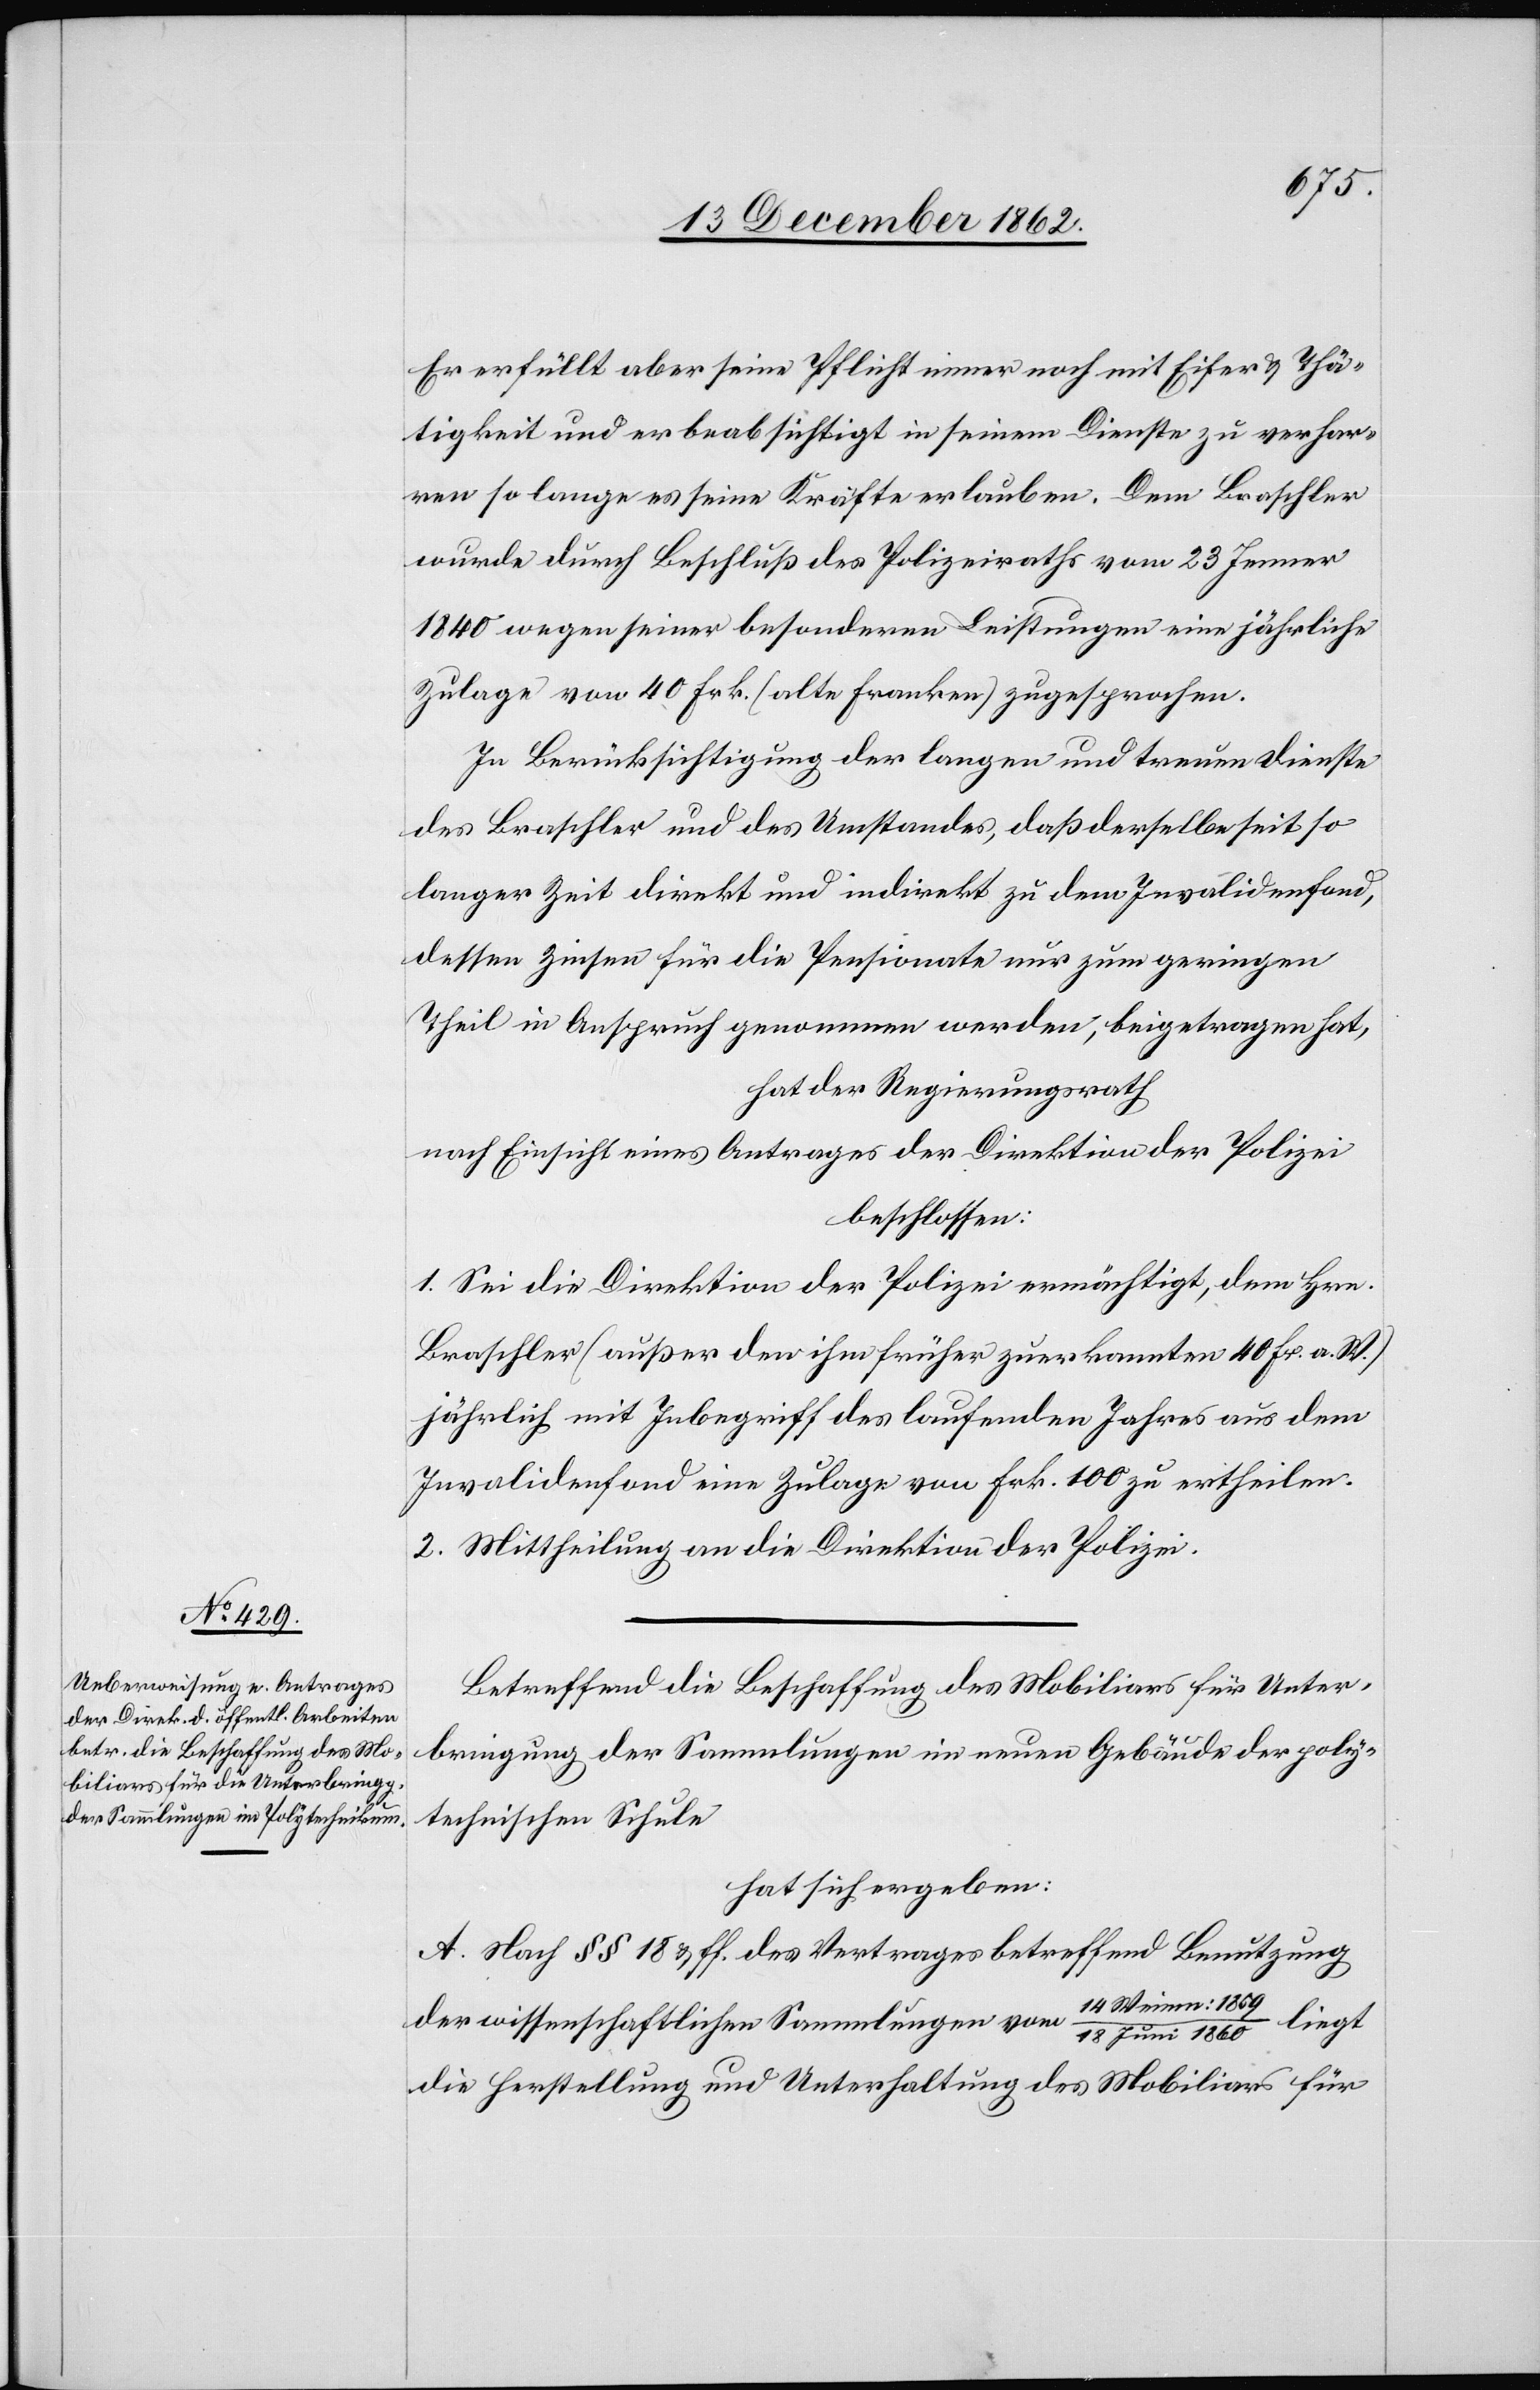
Er erfüllt aber seine Pflicht immer noch mit Eifer u. Thä¬
tigkeit und er beabsichtigt in seinem Dienste zu verhar¬
ren so lange es seine Kräfte erlauben. Dem Braschler
wurde durch Beschluß des Polizeiraths vom 23. Jenner
1840 wegen seiner besonderen Leistungen eine jährliche
Zulage von 40 Frk. (alte Franken) zugesprochen.
In Berücksichtigung der langen und treuen Dienste
des Braschler und des Umstandes, daß derselbe seit so
langer Zeit direkt und indirekt zu dem Invalidenfond,
dessen Zinsen für die Pensionate nur zum geringen
Theil in Anspruch genommen werden, beigetragen hat,
hat der Regierungsrath
nach Einsicht eines Antrages der Direktion der Polizei
beschlossen:
1. Sei die Direktion der Polizei ermächtigt, dem Hrn.
Braschler (außer den ihm früher zuerkannten 40 Fr. a. W.)
jährlich mit Inbegriff des laufenden Jahres aus dem
Invalidenfond eine Zulage von Frk. 100 zu ertheilen.
2. Mittheilung an die Direktion der Polizei.
Betreffend die Beschaffung des Mobiliars für Unter¬
bringung der Sammlungen im neuen Gebäude der poly¬
technischen Schule
hat sich ergeben:
A. Nach §§ 18 u. ff. des Vertrages betreffend Benutzung
der wissenschaftlichen Sammlungen vom 14. Weinm: 1859
18 Juni 1860 liegt
die Herstellung und Unterhaltung des Mobiliars für